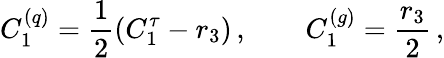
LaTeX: C_{1}^{(q)}=\frac{1}{2}\left(C_{1}^{\tau}-r_{3}\right)\, ,\qquad C_{1}^{(g)}=\frac{r_{3}}{2}\, ,